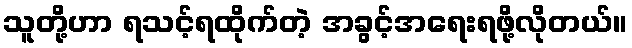
သူတို့ဟာ ရသင့်ရထိုက်တဲ့ အခွင့်အရေးရဖို့လိုတယ်။